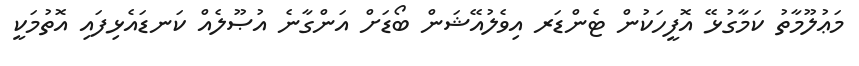
މަޢުލޫމާތު ކަމާގުޅޭ އޮފީހަކުން ޓެންޑަރ އިވެލުއޭޝަން ބޯޑަށް އަންގާނެ އުޞޫލެއް ކަނޑައެޅިފައި އޮތުމަކީ